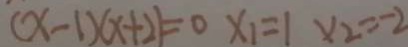
( x - 1 ) ( x + 2 ) = 0 x _ { 1 } = 1 x _ { 2 } = - 2